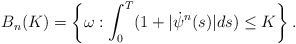
\begin{align*}B_n(K)=\left\{\omega: \int_0^T(1+|\dot\psi^n(s)|ds)\le K\right\}.\end{align*}